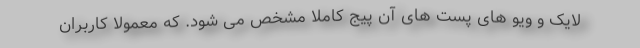
لایک و ویو های پست های آن پیج کاملا مشخص می شود. که معمولا کاربران